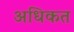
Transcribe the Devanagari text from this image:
अधिकत